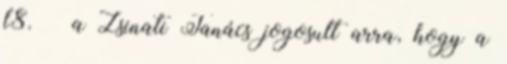
l8. § a Zsinati Tanács jogosult arra, hogy a